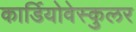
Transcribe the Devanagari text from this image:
कार्डियोवेस्कुलर